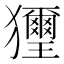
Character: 𤣔